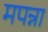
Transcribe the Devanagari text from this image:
मपन्ना